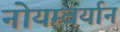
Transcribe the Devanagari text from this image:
नोयम्बर्यान